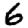
Digit: 6